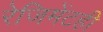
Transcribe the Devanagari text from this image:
रेजिमेंटही